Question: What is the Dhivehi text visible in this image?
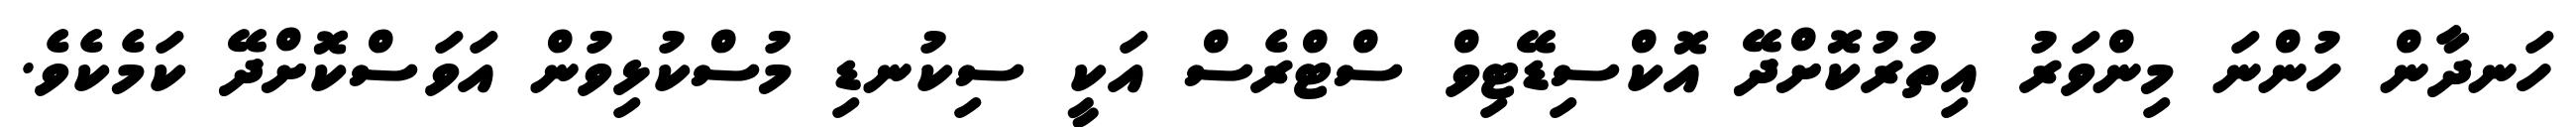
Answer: ހަނދާން ހުންނަ މިންވަރު އިތުރުކޮށްދޭ އޮކްސިޑޭޓިވް ސްޓްރެސް އަކީ ސިކުނޑި މުސްކުޅިވުން އަވަސްކޮށްދޭ ކަމެކެވެ.